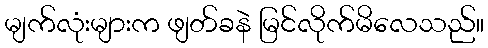
မျက်လုံးများက ဖျတ်ခနဲ မြင်လိုက်မိလေသည်။